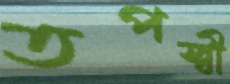
তপস্বী